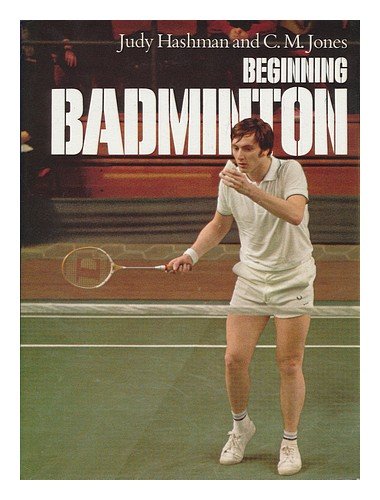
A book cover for Beginning badminton; Judy Devlin Hashman; Sports & Outdoors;